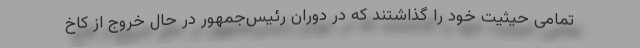
تمامی حیثیت خود را گذاشتند که در دوران رئیس‌جمهور در حال خروج از کاخ